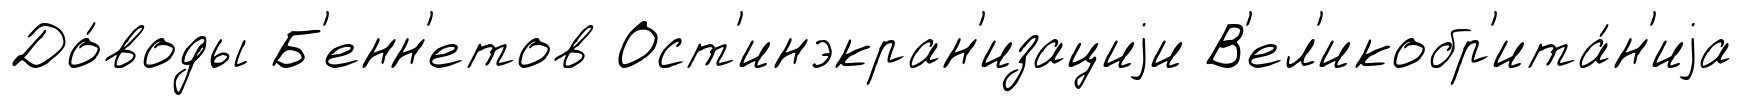
До́воды Б'енн'етов Ост'инэкран'изациjи В'ел'икобр'ита́н'иjа